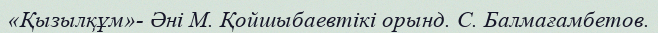
«Қызылқұм»- Әні М. Қойшыбаевтікі орынд. С. Балмағамбетов.